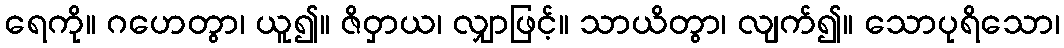
ရေကို။ ဂဟေတွာ၊ ယူ၍။ ဇိဝှာယ၊ လျှာဖြင့်။ သာယိတွာ၊ လျက်၍။ သောပုရိသော၊